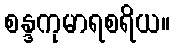
စန္ဒကုမာရစရိယ။